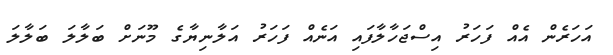
އަހަރެން އެއް ފަހަރު އިސްޖަހާލާފައި އަނެއް ފަހަރު އަލާނިޔާގެ މޫނަށް ބަލާލަ ބަލާލަ